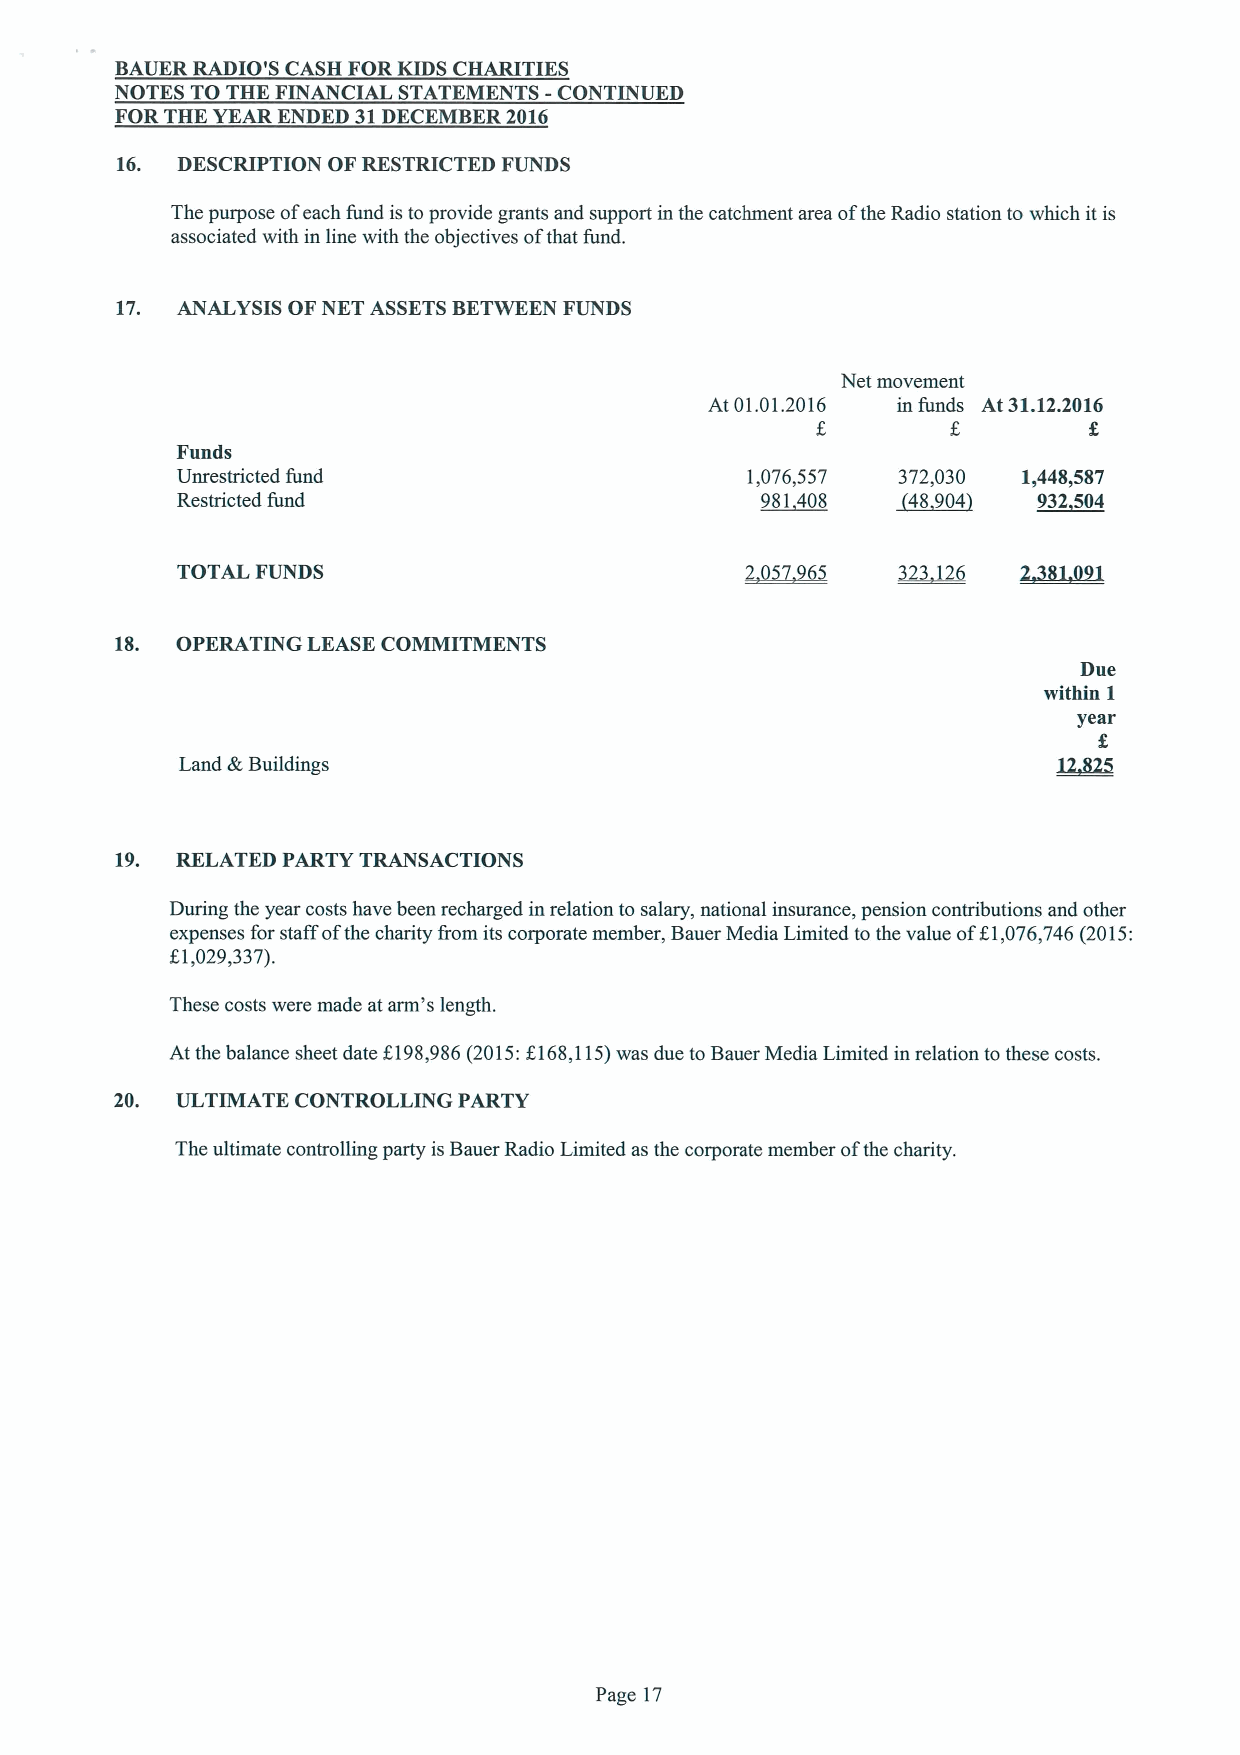
BAUER RADIO'S CASH FORKIDS CHARITIES
 NOTES TO THE FINANCIAL STATEMENTS -CONTINUED
 FORTHE YEAR ENDED 31DECEMBER2016
 16. DESCRIPTION OFRESTRICTED FUNDS
 The purpose ofeach fund is to provide grants and support in the catchment area ofthe Radio station to which it is
 associated with in line with the objectives ofthat fund.
 17. ANALYSIS OFNET ASSETSBETWEEN FUNDS
 Net movement
 At 01.01.2016 in funds At 31.12.2016
 Funds
 Unrestricted fund                    1,076,557 372,030  1,4489587
 Restricted fund                       981408   ~48 904   932504
 TOTAL FUNDS                          2 057 965 323 126 2,31L2,092
 18. OPERATING LEASECOMMITMENTS
 Due
 within 1
 year
 Land &Buildings
 19. RELATED PARTY TRANSACTIONS
 During the year costs have been recharged in relation to salary, national insurance, pension contributions and other
 expenses for staff ofthe charity &om its corporate member, Bauer Media Limited to the value ofE1,076,746(2015:
 K1,029,337).
 These costs were made at arm's length.
 At the balance sheet date 1198,986(2015:f168,115)was due to Bauer Media Limited in relation to these costs.
 20. ULTIMATE CONTROLLING PARTY
 The ultimate controlling party isBauer Radio Limited as the corporate member ofthe charity.
 Page 17